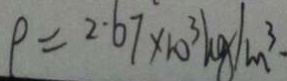
\rho = 2 . 6 7 \times 1 0 ^ { 3 } k g / m ^ { 3 } \cdot